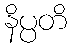
နိပ္ပတိ